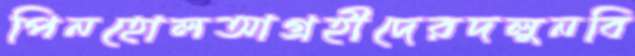
পিনহোলআগ্রহীদেরদলুনবি